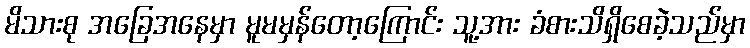
မိသားစု အခြေအနေမှာ မူမမှန်တော့ကြောင်း သူ့အား ခံစားသိရှိစေခဲ့သည်မှာ